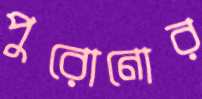
পুরোনোর